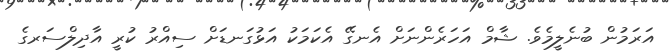
އަރަމުން ބުނެލީމެވެ. ޝާމް އަހަރެންނަށް އެނގޭ އެކަމަކު އަޅުގަނޑަށް ސިއްރު ކުރީ އާދިލްސަރގެ